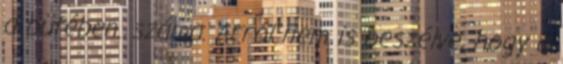
a büfében. száma. Arról nem is beszélve, hogy a